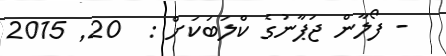
- ފޯލާން ޖަޕާނުގެ ކްލަބަކަށް :  20